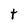
Character: t